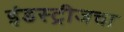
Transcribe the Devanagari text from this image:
इंडस्ट्रीजचा